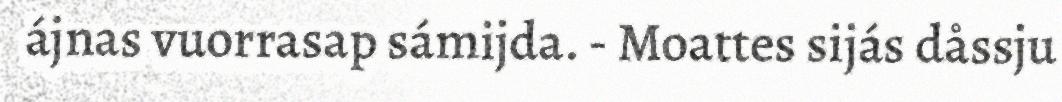
ájnas vuorrasap sámijda. - Moattes sijás dåssju